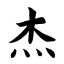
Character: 杰